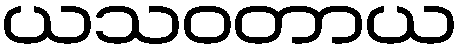
ယသဝတာယ